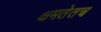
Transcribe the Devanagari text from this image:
क्षमतेतच